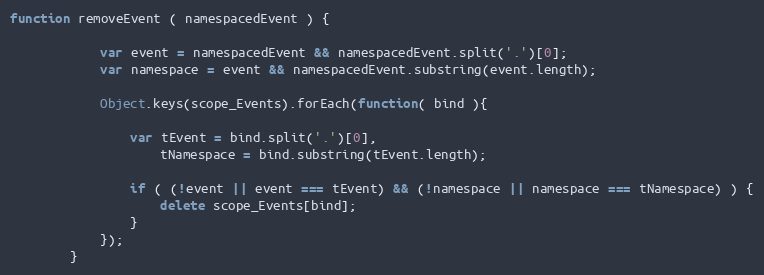
Language: JavaScript
function removeEvent ( namespacedEvent ) {

            var event = namespacedEvent && namespacedEvent.split('.')[0];
            var namespace = event && namespacedEvent.substring(event.length);

            Object.keys(scope_Events).forEach(function( bind ){

                var tEvent = bind.split('.')[0],
                    tNamespace = bind.substring(tEvent.length);

                if ( (!event || event === tEvent) && (!namespace || namespace === tNamespace) ) {
                    delete scope_Events[bind];
                }
            });
        }